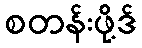
စတန်းဖို့ဒ်